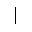
|